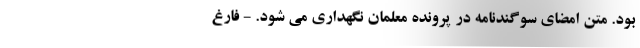
بود. متن امضای سوگندنامه در پرونده معلمان نگهداری می شود. - فارغ